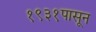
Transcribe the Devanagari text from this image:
१९३१पासून